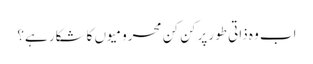
اب وہ ذاتی طور پرکن کن محرومیوں کاشکار ہے؟